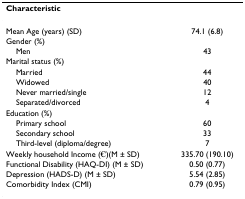
<table><thead><tr><td><b>Characteristic</b></td><td>[EMPTY_CELL]</td></tr></thead><tbody><tr><td>Mean Age (years) (SD)</td><td>74.1 (6.8)</td></tr><tr><td>Gender (%)</td><td>[EMPTY_CELL]</td></tr><tr><td> Men</td><td>43</td></tr><tr><td>Marital status (%)</td><td>[EMPTY_CELL]</td></tr><tr><td> Married</td><td>44</td></tr><tr><td> Widowed</td><td>40</td></tr><tr><td> Never married/single</td><td>12</td></tr><tr><td> Separated/divorced</td><td>4</td></tr><tr><td>Education (%)</td><td>[EMPTY_CELL]</td></tr><tr><td> Primary school</td><td>60</td></tr><tr><td> Secondary school</td><td>33</td></tr><tr><td> Third-level (diploma/degree)</td><td>7</td></tr><tr><td>Weekly household Income (€)(M ± SD)</td><td>335.70 (190.10)</td></tr><tr><td>Functional Disability (HAQ-DI) (M ± SD)</td><td>0.50 (0.77)</td></tr><tr><td>Depression (HADS-D) (M ± SD)</td><td>5.54 (2.85)</td></tr><tr><td>Comorbidity Index (CMI)</td><td>0.79 (0.95)</td></tr></tbody></table>